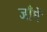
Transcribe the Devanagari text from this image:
जाँघें